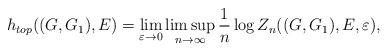
LaTeX: \begin{align*}h_{top}((G,G_1),E)=\lim_{\varepsilon\to 0} \limsup_{n\to\infty} \frac1n \log Z_n((G,G_1),E, \varepsilon),\end{align*}